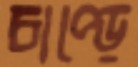
চাপ্‌ড়ে